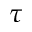
\tau